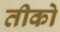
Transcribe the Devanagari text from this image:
तीको